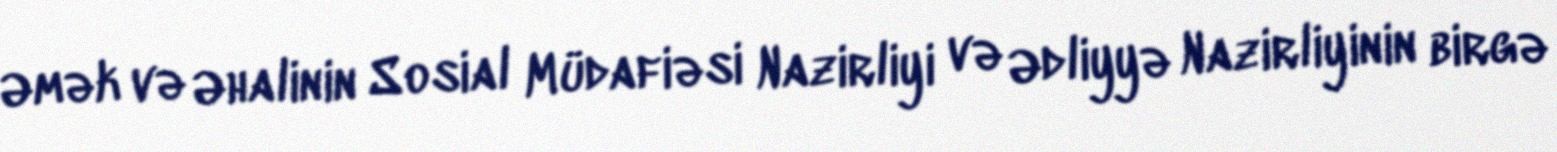
Əmək və Əhalinin Sosial Müdafiəsi Nazirliyi və Ədliyyə Nazirliyinin birgə